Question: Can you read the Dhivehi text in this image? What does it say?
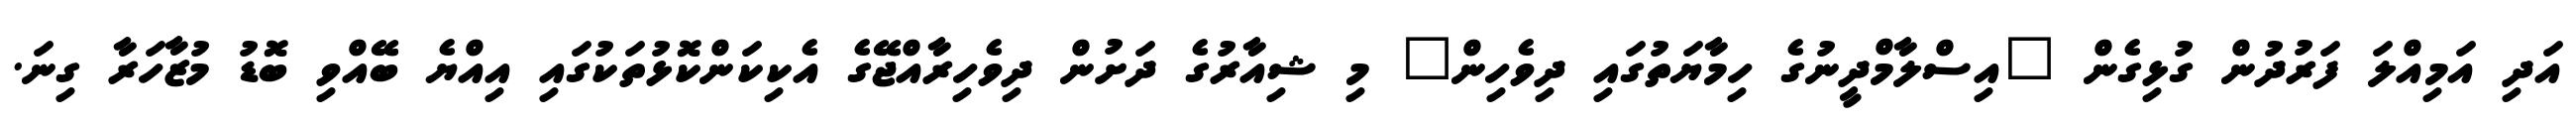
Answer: އަދި އަމިއްލަ ފަރުދުން ގުޅިގެން "އިސްލާމްދީނުގެ ހިމާޔަތުގައި ދިވެހިން" މި ޝިއާރުގެ ދަށުން ދިވެހިރާއްޖޭގެ އެކިކަންކޮޅުތަކުގައި އިއްޔެ ބޭއްވި ބޮޑު މުޒާހަރާ ގިނަ.